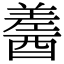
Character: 𨢚